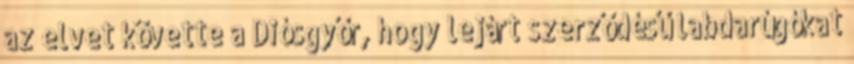
az elvet követte a Diósgyőr, hogy lejárt szerződésű labdarúgókat